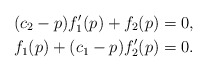
\begin{align*}(c_{2}-p)f_{1}'(p)+f_{2}(p) & =0, \\f_{1}(p)+(c_{1}-p)f_{2}'(p) & =0.\end{align*}